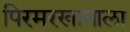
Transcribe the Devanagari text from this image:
पिरमरखानाला